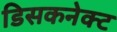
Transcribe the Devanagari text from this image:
डिसकनेक्ट